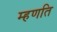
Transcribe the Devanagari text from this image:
म्हणति